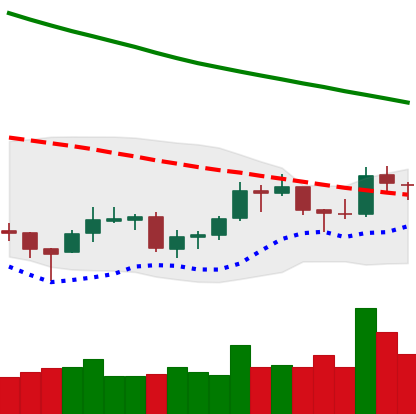
Ticker: LTC-USD
Chart end date: 2018-09-29
Forward return: -5.401%
Label: down_5_7